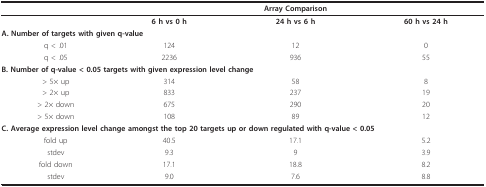
|  |  | Array Comparison |  |
 | --- | --- | --- | --- |
 |  | 6 h vs 0 h | 24 h vs 6 h | 60 h vs 24 h |
 | <COLSPAN=4> A. Number of targets with given q-value |
 | q < .01 | 124 | 12 | 0 |
 | q < .05 | 2236 | 936 | 55 |
 | <COLSPAN=4> B. Number of q-value < 0.05 targets with given expression level change |
 | > 5× up | 314 | 58 | 8 |
 | > 2× up | 833 | 237 | 19 |
 | > 2× down | 675 | 290 | 20 |
 | > 5× down | 108 | 89 | 12 |
 | <COLSPAN=4> C. Average expression level change amongst the top 20 targets up or down regulated with q-value < 0.05 |
 | fold up | 40.5 | 17.1 | 5.2 |
 | stdev | 9.3 | 9 | 3.9 |
 | fold down | 17.1 | 18.8 | 8.2 |
 | stdev | 9.0 | 7.6 | 8.8 |